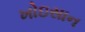
ખોઇસાન